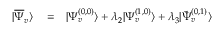
\begin{array} { r l r } { | \overline { { \Psi } } _ { v } \rangle } & { { } = } & { | \Psi _ { v } ^ { ( 0 , 0 ) } \rangle + \lambda _ { 2 } | \Psi _ { v } ^ { ( 1 , 0 ) } \rangle + \lambda _ { 3 } | \tilde { \Psi } _ { v } ^ { ( 0 , 1 ) } \rangle } \end{array}